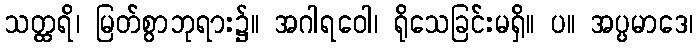
သတ္ထရိ၊ မြတ်စွာဘုရား၌။ အဂါရဝေါ၊ ရိုသေခြင်းမရှိ။ ပ။ အပ္ပမာဒေ၊